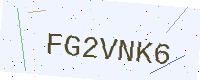
Text: FG2VNK6